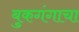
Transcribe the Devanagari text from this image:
बुकगंगाचा